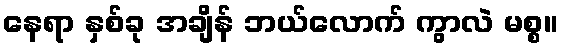
နေရာ နှစ်ခု အချိန် ဘယ်လောက် ကွာလဲ မစ္စ။